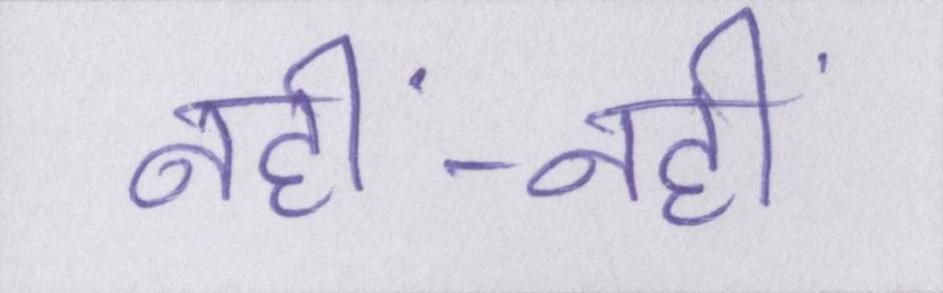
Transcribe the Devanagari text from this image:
नहीं-नहीं